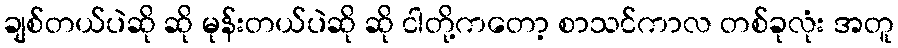
ချစ်တယ်ပဲဆို ဆို မုန်းတယ်ပဲဆို ဆို ငါတို့ကတော့ စာသင်ကာလ တစ်ခုလုံး အတူ